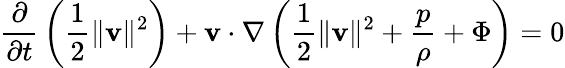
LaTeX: {\frac{\partial}{\partial t}}\left({\frac{1}{2}}\| {\mathbf{v}}\| ^{2}\right)+{\mathbf{v}}\cdot\nabla\left({\frac{1}{2}}\| {\mathbf{v}}\| ^{2}+{\frac{p}{\rho}}+\Phi\right)=0